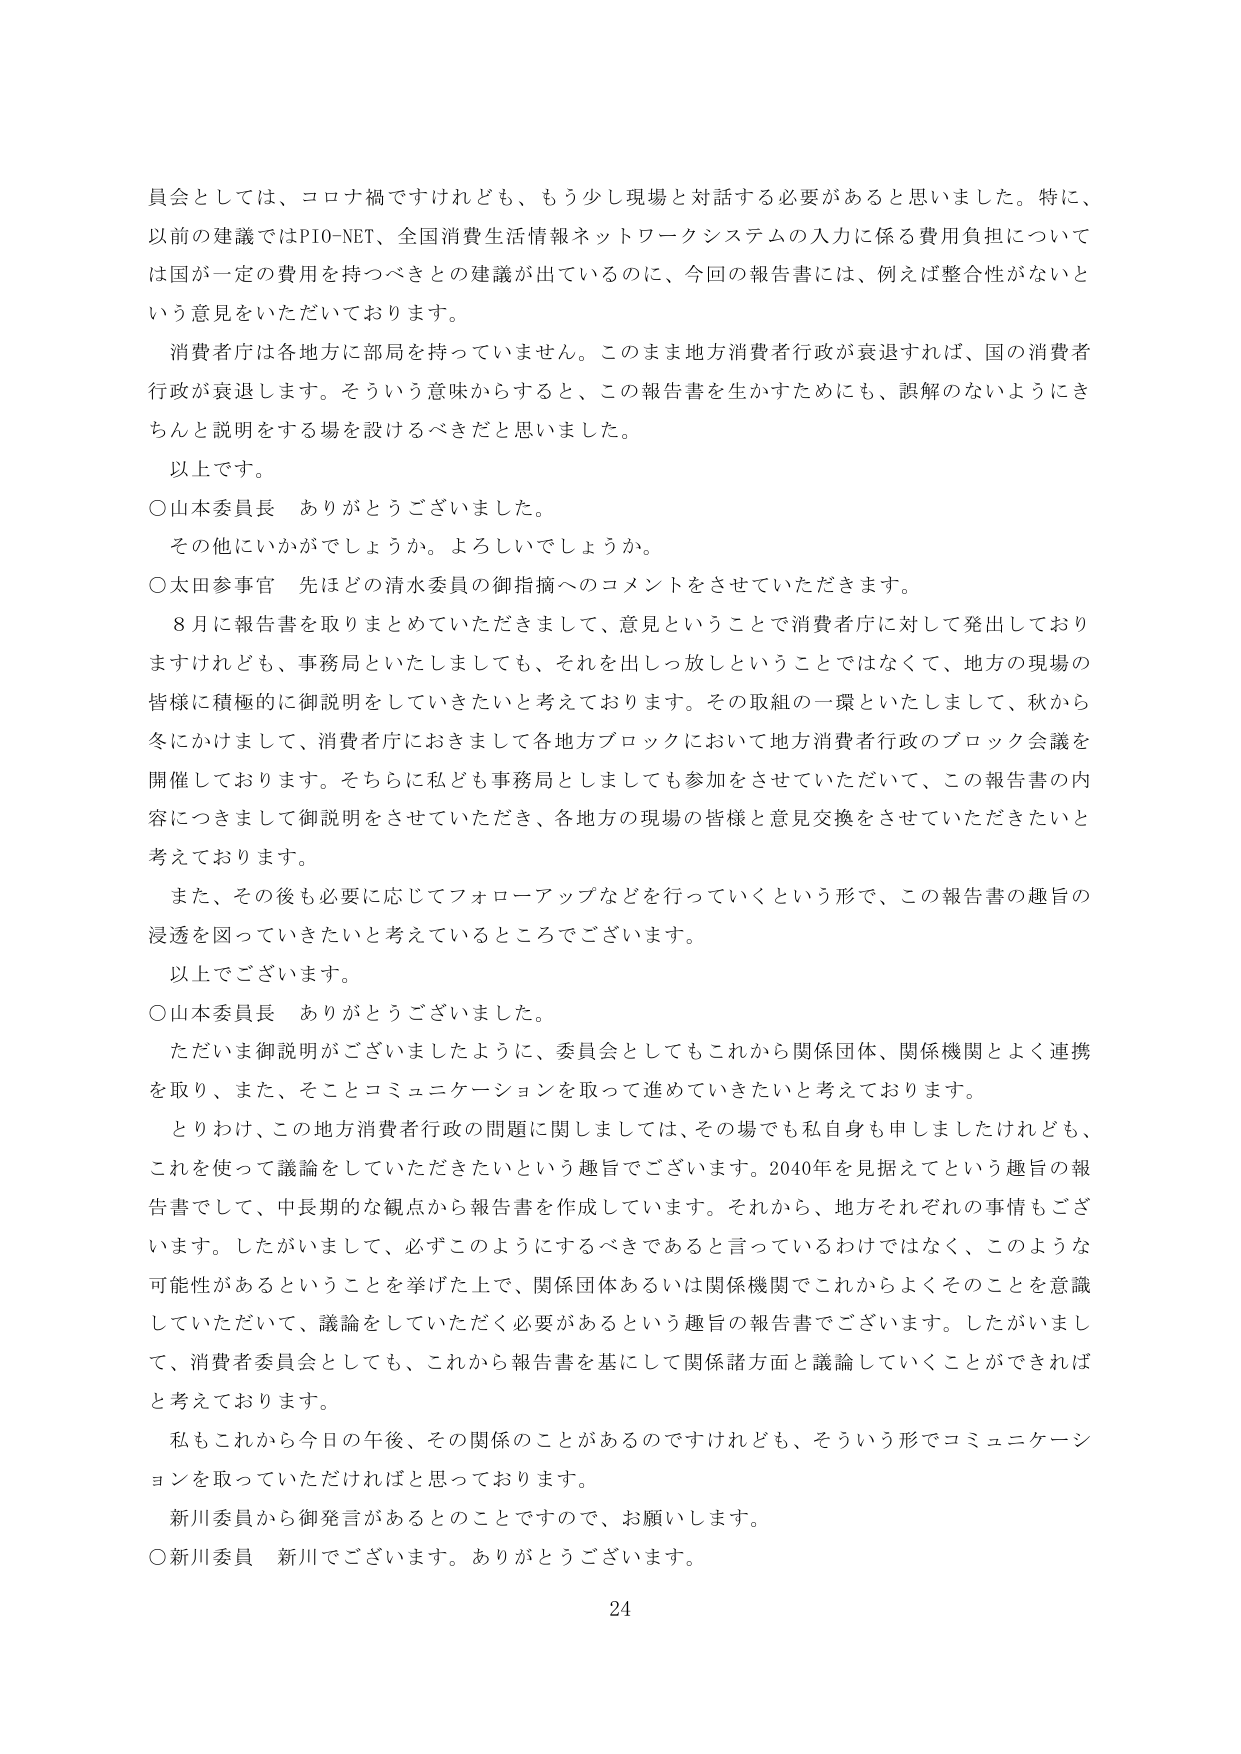
員会としては、コロナ禍ですけれども、もう少し現場と対話する必要があると思いました。特に、
以前の建議ではPIO-NET、全国消費生活情報ネットワークシステムの入力に係る費用負担について
は国が一定の費用を持つべきとの建議が出ているのに、今回の報告書には、例えば整合性がないと
いう意見をいただいております。

消費者庁は各地方に部局を持っていません。このまま地方消費者行政が衰退すれば、国の消費者
行政が衰退します。そういう意味からすると、この報告書を生かすためにも、誤解のないようにき
ちんと説明をする場を設けるべきだと思いました。

以上です。

○山本委員長　ありがとうございました。

その他にいかがでしょうか。よろしいでしょうか。

○太田参事官　先ほどの清水委員の御指摘へのコメントをさせていただきます。

8月に報告書を取りまとめていただきますと、意見ということで消費者庁に対して発出しており
ますけれども、事務局といたしましても、それを出しっ放しということではなくて、地方の現場の
皆様に積極的に御説明をしていきたいと考えております。その取組の一環といたしまして、秋から
冬にかけまして、消費者庁におきまして各地方ブロックにおいて地方消費者行政のブロック会議を
開催しております。そちらに私ども事務局としましても参加をさせていただいて、この報告書の内
容につきまして御説明をさせていただき、各地方の現場の皆様と意見交換をさせていただきたいと
考えております。

また、その後も必要に応じてフォローアップなどを行っていくという形で、この報告書の趣旨の
浸透を図っていきたいと考えているところでございます。

以上でございます。

○山本委員長　ありがとうございました。

ただいま御説明がございましたように、委員会としてもこれから関係団体、関係機関とよく連携
を取り、また、そこへコミュニケーションを取って進めていきたいと考えております。

とりわけ、この地方消費者行政の問題に関しましては、その場でも私自身も申しましたけれども、
これを使って議論をしていただきたいという趣旨でございます。2040年を見据えてという趣旨の報
告書として、中長期的な観点から報告書を作成しています。それから、地方それぞれの事情もござ
います。したがいまして、必ずこのようにするべきであると言っているわけではなく、このような
可能性があるということを挙げた上で、関係団体あるいは関係機関でこれからよくそのことを意識
していただいて、議論をしていただく必要があるという趣旨の報告書でございます。したがいまし
て、消費者委員会としても、これから報告書を基にして関係諸方面と議論していくことができれば
と考えております。

私もこれから今日の午後、その関係のことがあるのですけれども、そういう形でコミュニケーシ
ョンを取っていただければと思っております。

新川委員から御発言があるとのことですので、お願いします。

○新川委員　新川でございます。ありがとうございます。

24